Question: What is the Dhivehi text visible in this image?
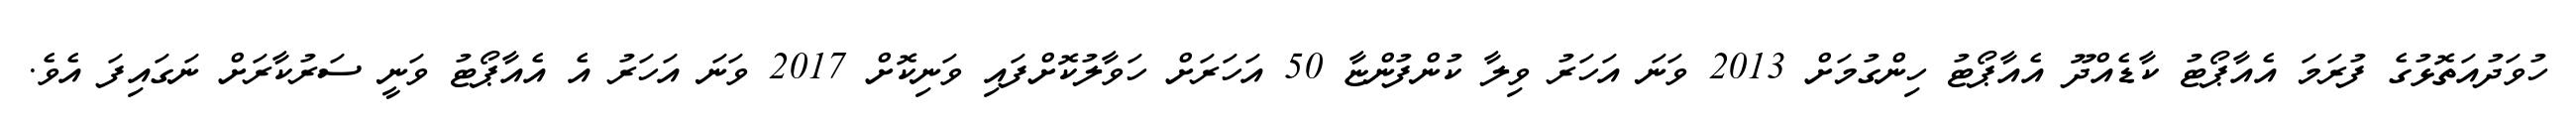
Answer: ހުވަދުއަތޮޅުގެ ފުރަމަ އެއާޕޯޓު ކާޑެއްދޫ އެއާޕޯޓު ހިންގުމަށް 2013 ވަނަ އަހަރު ވިލާ ކުންފުންޏާ 50 އަހަރަށް ހަވާލުކޮށްފައި ވަނިކޮށް 2017 ވަނަ އަހަރު އެ އެއާޕޯޓު ވަނީ ސަރުކާރަށް ނަގައިފަ އެވެ.